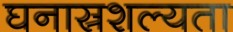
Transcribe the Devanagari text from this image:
घनास्रशल्यता